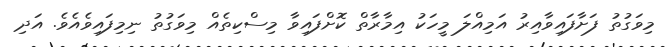
މިވަގުތު ފަށާފައިވާއިރު އަމިއްލަ މީހަކު އިމާރާތް ކޮށްފައިވާ މިސްކިތެއް މިވަގުތު ނިމިފައިވެއެވެ. އަދި